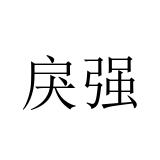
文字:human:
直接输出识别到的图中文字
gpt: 戾强